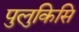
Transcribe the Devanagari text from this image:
पुलुकिसि